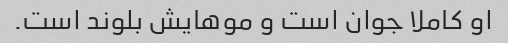
او کاملا جوان است و موهایش بلوند است.